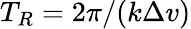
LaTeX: T_{R}=2\pi/(k\Delta v)